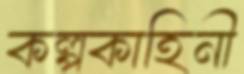
কল্পকাহিনী